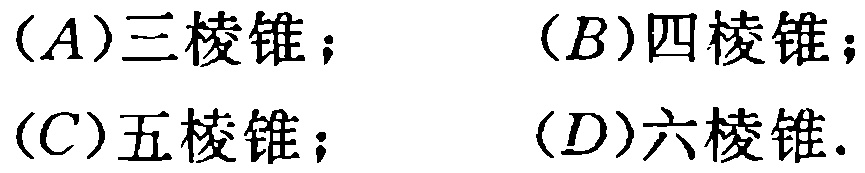
$(A)\text{三棱锥；}\quad (B)\text{四棱锥；}\\(C)\text{五棱锥；}\quad (D)\text{六棱锥.}$